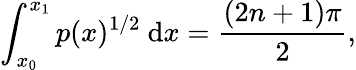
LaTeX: \int_{x_{0}}^{x_{1}}p(x)^{1/2}~\mathrm{d}x=\frac{(2n+1)\pi}{2},